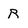
Character: R